Document type: Sale
Year: 1499
Scribe: Joan Martínez de Sòria
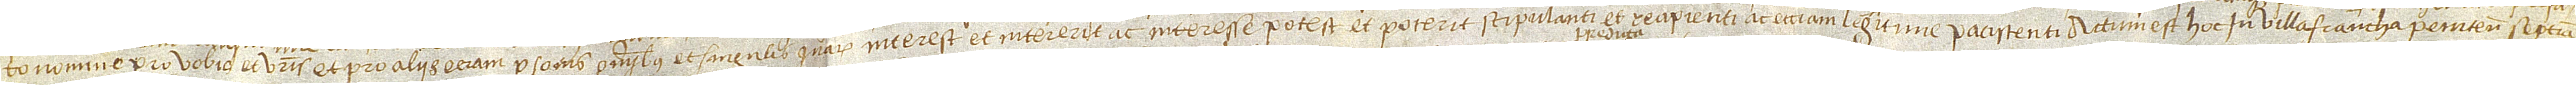
to nomine pro vobis et vestris et pro aliis etiam personis omnibus et singulis quarum interest et intererit ac interesse potest et poterit stipulanti et recipienti ac etiam legitime paciscenti. Actum est hoc in Villafrancha Penitensis septima